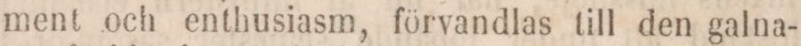
ment och enthusiasm, förvandlas till den galna-